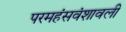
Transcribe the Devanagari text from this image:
परमहंसवंशावली